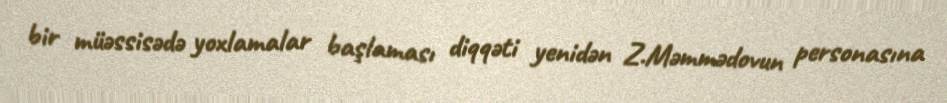
bir müəssisədə yoxlamalar başlaması diqqəti yenidən Z.Məmmədovun personasına